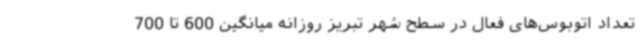
تعداد اتوبوس‌های فعال در سطح شهر تبریز روزانه میانگین 600 تا 700